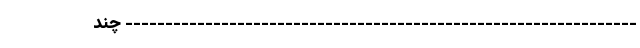
---------------------------------------------------------------- چند